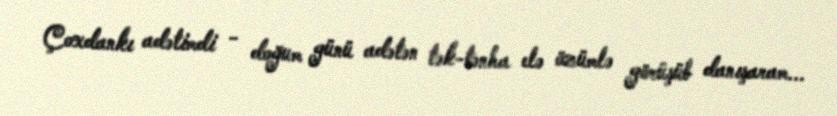
Çoxdankı adətimdi - doğum günü adətən tək-tənha elə özümlə görüşüb danışaram...